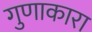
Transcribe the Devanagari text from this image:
गुणाकारा